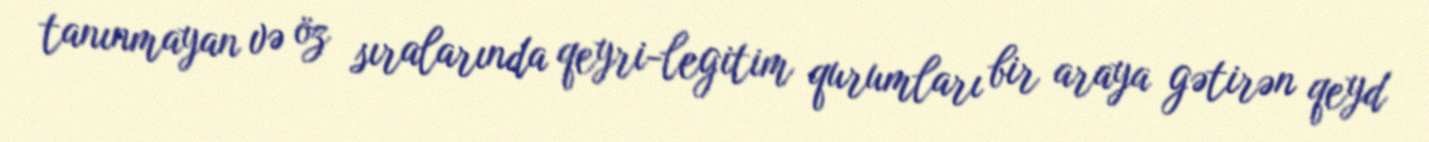
tanınmayan və öz sıralarında qeyri-legitim qurumları bir araya gətirən qeyd